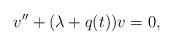
LaTeX: \begin{align*}v'' + (\lambda + q(t)) v = 0,\end{align*}